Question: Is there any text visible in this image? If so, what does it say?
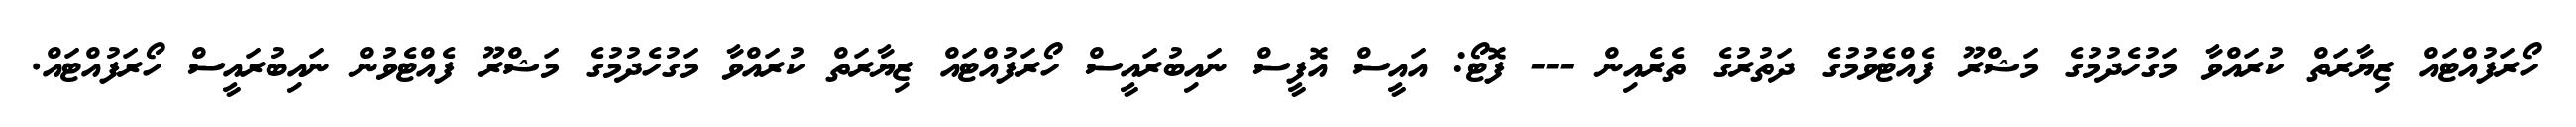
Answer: ހޯރަފުއްޓައް ޒިޔާރަތް ކުރައްވާ މަގުހެދުމުގެ މަޝްރޫ ފެއްޓެވުމުގެ ދަތުރުގެ ތެރެއިން --- ފޮޓޯ: އައީސް އޮފީސް ނައިބުރައީސް ހޯރަފުއްޓައް ޒިޔާރަތް ކުރައްވާ މަގުހެދުމުގެ މަޝްރޫ ފެއްޓެވުން ނައިބުރައީސް ހޯރަފުއްޓައް.